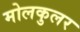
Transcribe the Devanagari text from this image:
मोलकुलर